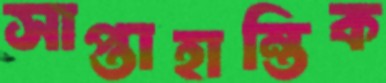
সাপ্তাহান্তিক